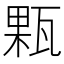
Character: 㼫